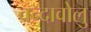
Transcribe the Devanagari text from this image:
चन्दावोलु